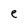
Character: e